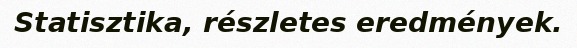
Statisztika, részletes eredmények.